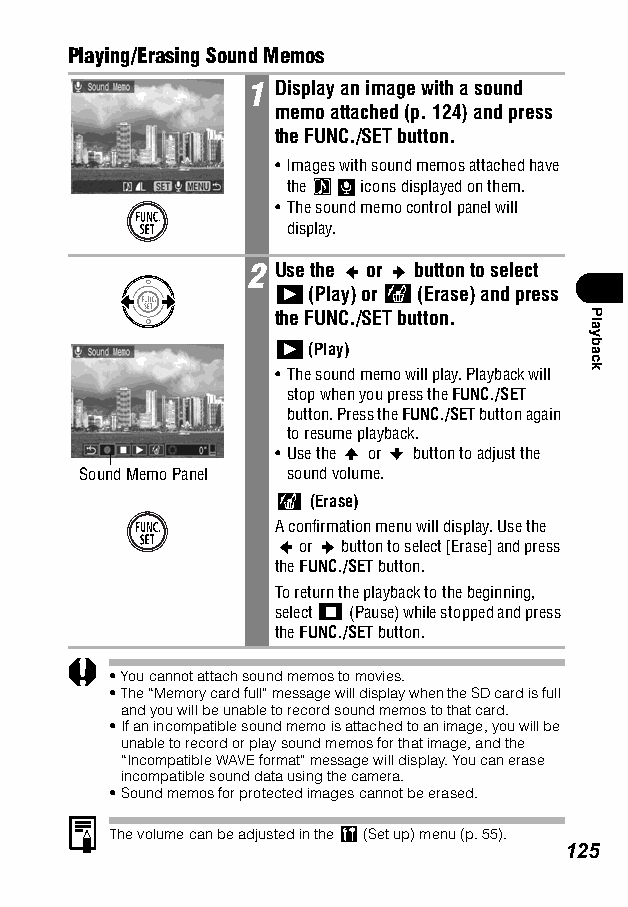
Playing/Erasing Sound Memos
 1 Display an image with a sound
 memo attached (p. 124) and press
 the FUNC./SET button.
 • Images with sound memos attached have
 the  icons displayed on them.
 • The sound memo control panel will
 display.
 2 Use the or button to select
 (Play) or (Erase) and press
 the FUNC./SET button.
 (Play)
 • The sound memo will play. Playback will
 stop when you press the FUNC./SET
 button. Press the FUNC./SET button again
 to resume playback.
 • Use the or button to adjust the
 Sound Memo Panel sound volume.
 (Erase)
 A confirmation menu will display. Use the
 or button to select [Erase] and press
 the FUNC./SET button.
 To return the playback to the beginning,
 select (Pause) while stopped and press
 the FUNC./SET button.
 •You cannot attach sound memos to movies.
 •The “Memory card full” message will display when the SD card is full
 and you will be unable to record sound memos to that card.
 •If an incompatible sound memo is attached to an image, you will be
 unable to record or play sound memos for that image, and the
 “Incompatible WAVE format” message will display. You can erase
 incompatible sound data using the camera.
 •Sound memos for protected images cannot be erased.
 The volume can be adjusted in the (Set up) menu (p. 55).
 125
 Playback